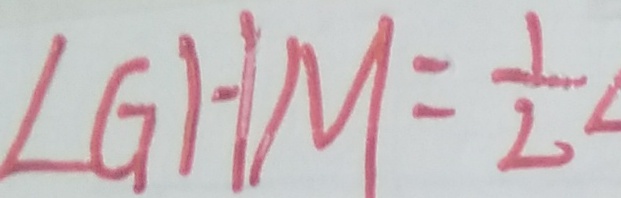
\angle G H M = \frac { 1 } { 2 }